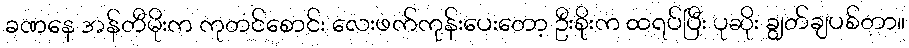
ခဏနေ အန်တီမိုးက ကုတင်စောင်း လေးဖက်ကုန်းပေးတော့ ဦးစိုးက ထရပ်ပြီး ပုဆိုး ချွတ်ချပစ်တာ။